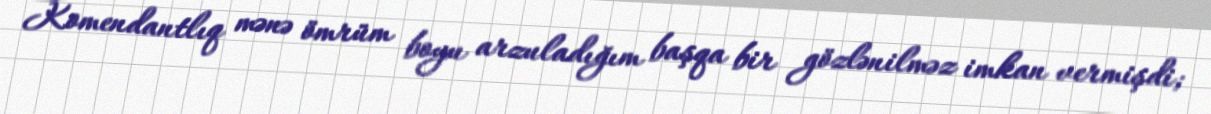
Komendantlıq mənə ömrüm boyu arzuladığım başqa bir gözlənilməz imkan vermişdi;